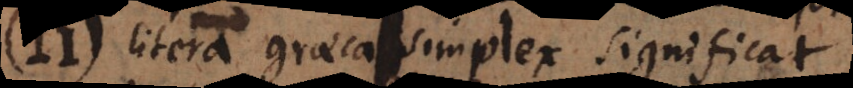
II. Litera graeca simplex significat